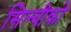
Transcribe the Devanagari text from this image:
सिल्वीको